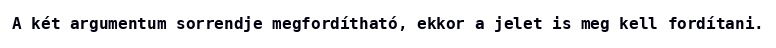
A két argumentum sorrendje megfordítható, ekkor a jelet is meg kell fordítani.